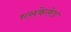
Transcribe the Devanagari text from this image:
एसकेलेड